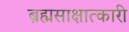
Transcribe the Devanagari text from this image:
ब्रह्मसाक्षात्कारी